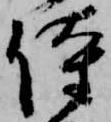
侍